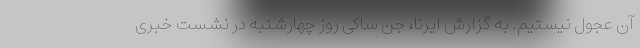
آن عجول نیستیم. به گزارش ایرنا، جن ساکی روز چهارشنبه در نشست خبری